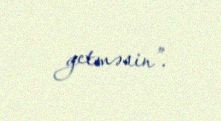
getməsin”.